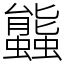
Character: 䘅